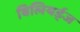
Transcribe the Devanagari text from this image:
बिलियर्ड्‌ज